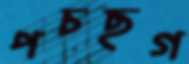
পচছগ